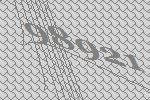
98921